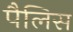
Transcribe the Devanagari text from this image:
पैलिस